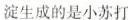
淀生成的是小苏打